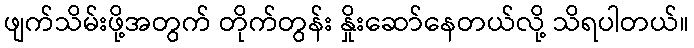
ဖျက်သိမ်းဖို့အတွက် တိုက်တွန်း နှိုးဆော်နေတယ်လို့ သိရပါတယ်။